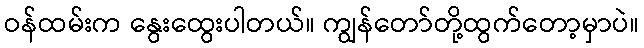
ဝန်ထမ်းက နွေးထွေးပါတယ်။ ကျွန်တော်တို့ထွက်တော့မှာပဲ။